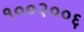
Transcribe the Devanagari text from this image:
१००२००६